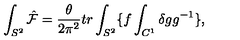
\int _ { S ^ { 2 } } \hat { \cal F } = \frac { \theta } { 2 \pi ^ { 2 } } t r \int _ { S ^ { 2 } } \{ f \int _ { C ^ { 1 } } \delta g g ^ { - 1 } \} ,